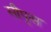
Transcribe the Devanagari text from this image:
सीपृस